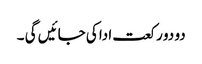
دو دو رکعت ادا کی جائیں گی ۔